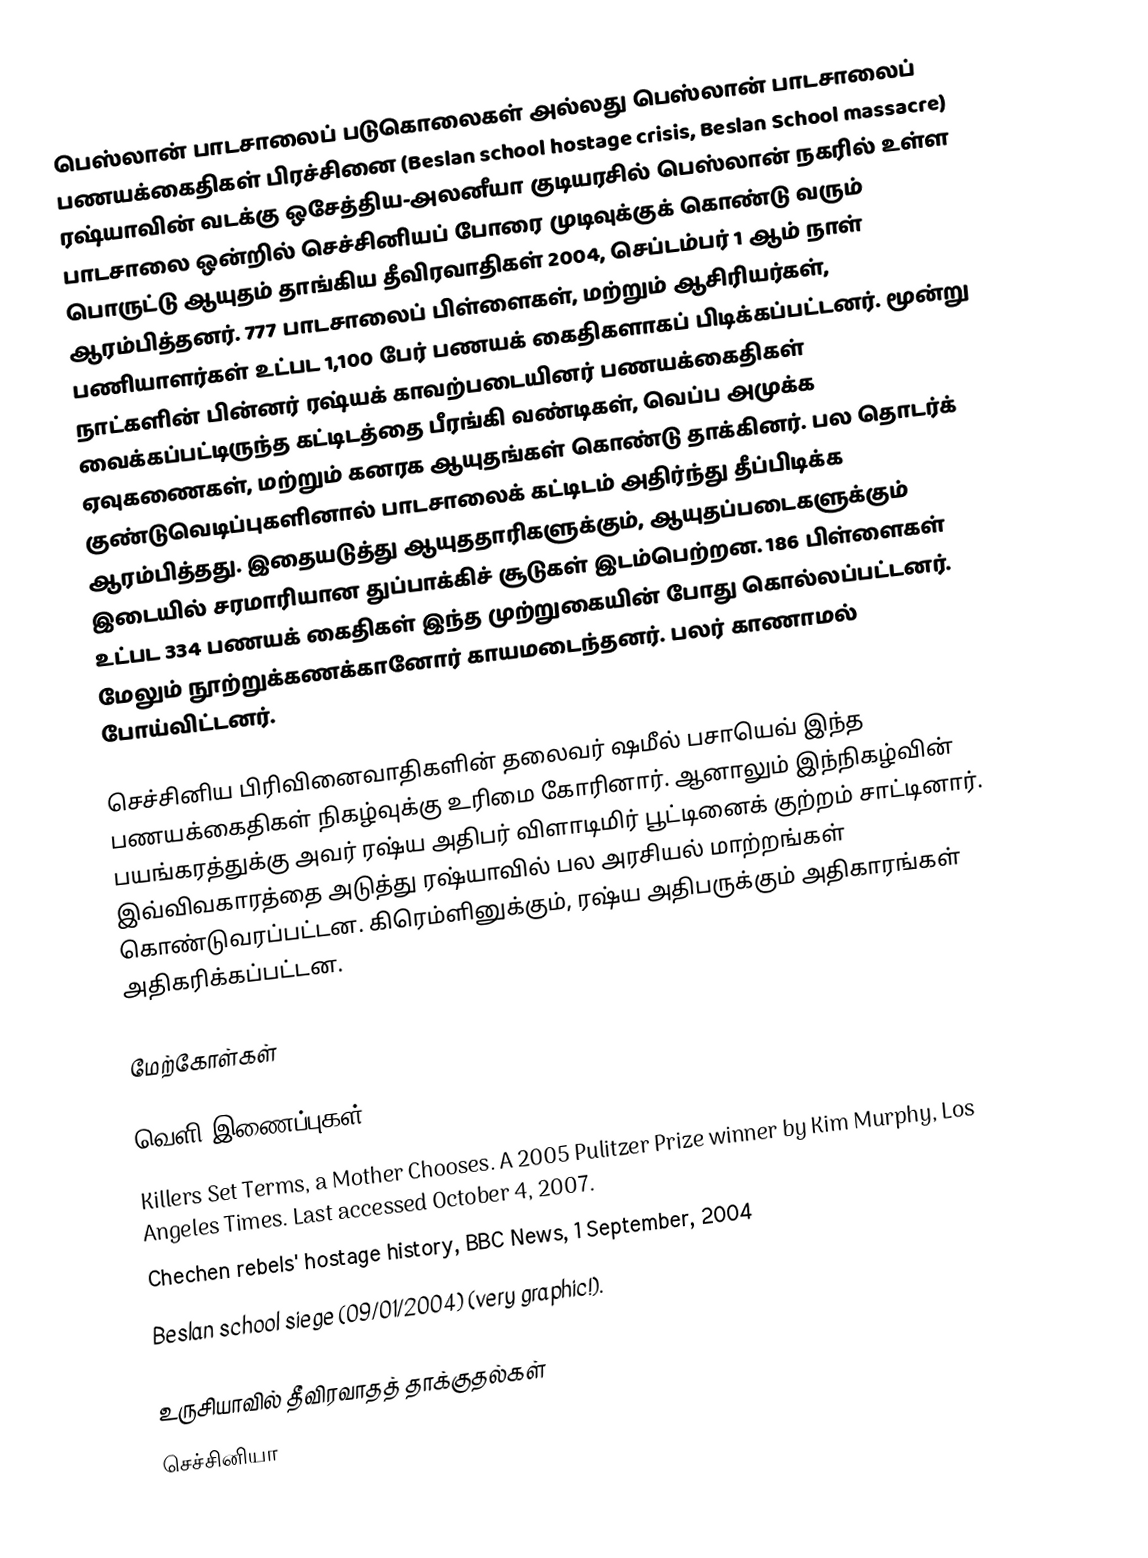
பெஸ்லான் பாடசாலைப் படுகொலைகள் அல்லது பெஸ்லான் பாடசாலைப் பணயக்கைதிகள் பிரச்சினை (Beslan school hostage crisis, Beslan School massacre) ரஷ்யாவின் வடக்கு ஒசேத்திய-அலனீயா குடியரசில் பெஸ்லான் நகரில் உள்ள பாடசாலை ஒன்றில் செச்சினியப் போரை முடிவுக்குக் கொண்டு வரும் பொருட்டு ஆயுதம் தாங்கிய தீவிரவாதிகள் 2004, செப்டம்பர் 1 ஆம் நாள் ஆரம்பித்தனர். 777 பாடசாலைப் பிள்ளைகள், மற்றும் ஆசிரியர்கள், பணியாளர்கள் உட்பட 1,100 பேர் பணயக் கைதிகளாகப் பிடிக்கப்பட்டனர். மூன்று நாட்களின் பின்னர் ரஷ்யக் காவற்படையினர் பணயக்கைதிகள் வைக்கப்பட்டிருந்த கட்டிடத்தை பீரங்கி வண்டிகள், வெப்ப அமுக்க ஏவுகணைகள், மற்றும் கனரக ஆயுதங்கள் கொண்டு தாக்கினர். பல தொடர்க் குண்டுவெடிப்புகளினால் பாடசாலைக் கட்டிடம் அதிர்ந்து தீப்பிடிக்க ஆரம்பித்தது. இதையடுத்து ஆயுததாரிகளுக்கும், ஆயுதப்படைகளுக்கும் இடையில் சரமாரியான துப்பாக்கிச் சூடுகள் இடம்பெற்றன. 186 பிள்ளைகள் உட்பட 334 பணயக் கைதிகள் இந்த முற்றுகையின் போது கொல்லப்பட்டனர். மேலும் நூற்றுக்கணக்கானோர் காயமடைந்தனர். பலர் காணாமல் போய்விட்டனர்.

செச்சினிய பிரிவினைவாதிகளின் தலைவர் ஷமீல் பசாயெவ் இந்த பணயக்கைதிகள் நிகழ்வுக்கு உரிமை கோரினார். ஆனாலும் இந்நிகழ்வின் பயங்கரத்துக்கு அவர் ரஷ்ய அதிபர் விளாடிமிர் பூட்டினைக் குற்றம் சாட்டினார். இவ்விவகாரத்தை அடுத்து ரஷ்யாவில் பல அரசியல் மாற்றங்கள் கொண்டுவரப்பட்டன. கிரெம்ளினுக்கும், ரஷ்ய அதிபருக்கும் அதிகாரங்கள் அதிகரிக்கப்பட்டன.

மேற்கோள்கள்

வெளி இணைப்புகள்
 Killers Set Terms, a Mother Chooses. A 2005 Pulitzer Prize winner by Kim Murphy, Los Angeles Times. Last accessed October 4, 2007.
 Chechen rebels' hostage history, BBC News, 1 September, 2004
 Beslan school siege (09/01/2004) (very graphic!).

உருசியாவில் தீவிரவாதத் தாக்குதல்கள்
செச்சினியா